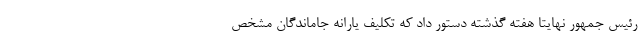
رئیس جمهور نهایتا هفته گذشته دستور داد که تکلیف یارانه جاماندگان مشخص